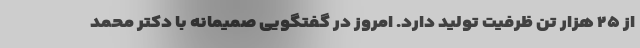
از ۲۵ هزار تن ظرفیت تولید دارد. امروز در گفتگویی صمیمانه با دکتر محمد